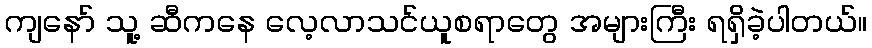
ကျနော် သူ့ ဆီကနေ လေ့လာသင်ယူစရာတွေ အများကြီး ရရှိခဲ့ပါတယ်။